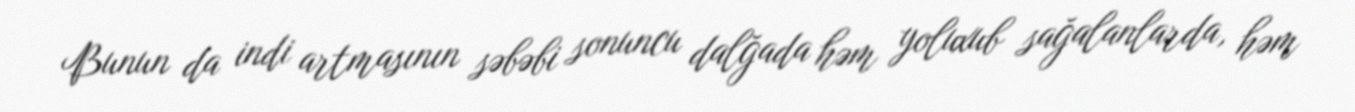
Bunun da indi artmasının səbəbi sonuncu dalğada həm yoluxub sağalanlarda, həm